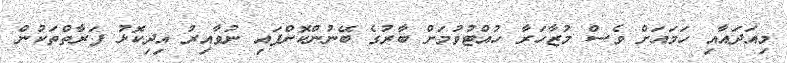
މިއަދައާއި ހަމައަށް ވެސް މުޒާހަރާ ހުއްޓުވުމަށް ބާރުގެ ބޭނުންކޮށްފައި ނުވާއިރު އިދިކޮޅު ފަރާތްތަކުން